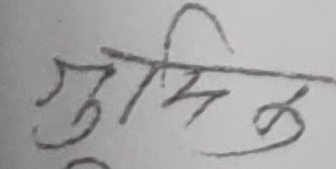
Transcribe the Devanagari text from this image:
सुमित